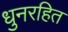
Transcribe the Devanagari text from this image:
धुनरहित